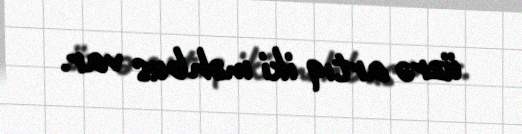
üzrə artıq iki məhbus var.